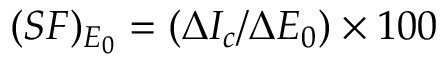
( S F ) _ { E _ { 0 } } = ( \Delta I _ { c } / \Delta E _ { 0 } ) \times 1 0 0